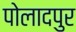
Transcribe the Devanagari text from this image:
पोलादपुर